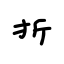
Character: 折